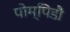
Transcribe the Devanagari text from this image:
पोम्पिडौ